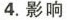
4.影响(